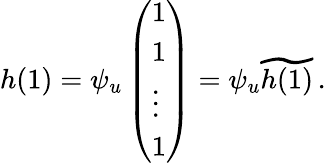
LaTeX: h(1)=\psi_{u}\left(\begin{array}{l}{1}\\ {1}\\ {\vdots}\\ {1}\end{array}\right)=\psi_{u}\widetilde{h(1)}\, .